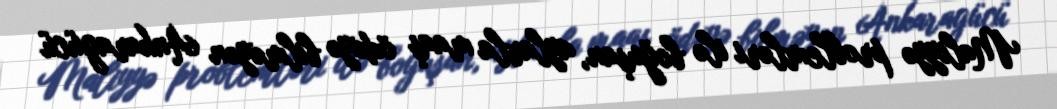
Maliyyə problemləri ilə boğuşan, aylarla maaş ödəyə bilməyən Ankaragücü